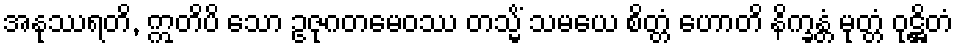
အနုဿရတိ, ဣတိပိ သော ဥဇုဂတမေဝဿ တသ္မိံ သမယေ စိတ္တံ ဟောတိ နိက္ခန္တံ မုတ္တံ ဝုဋ္ဌိတံ